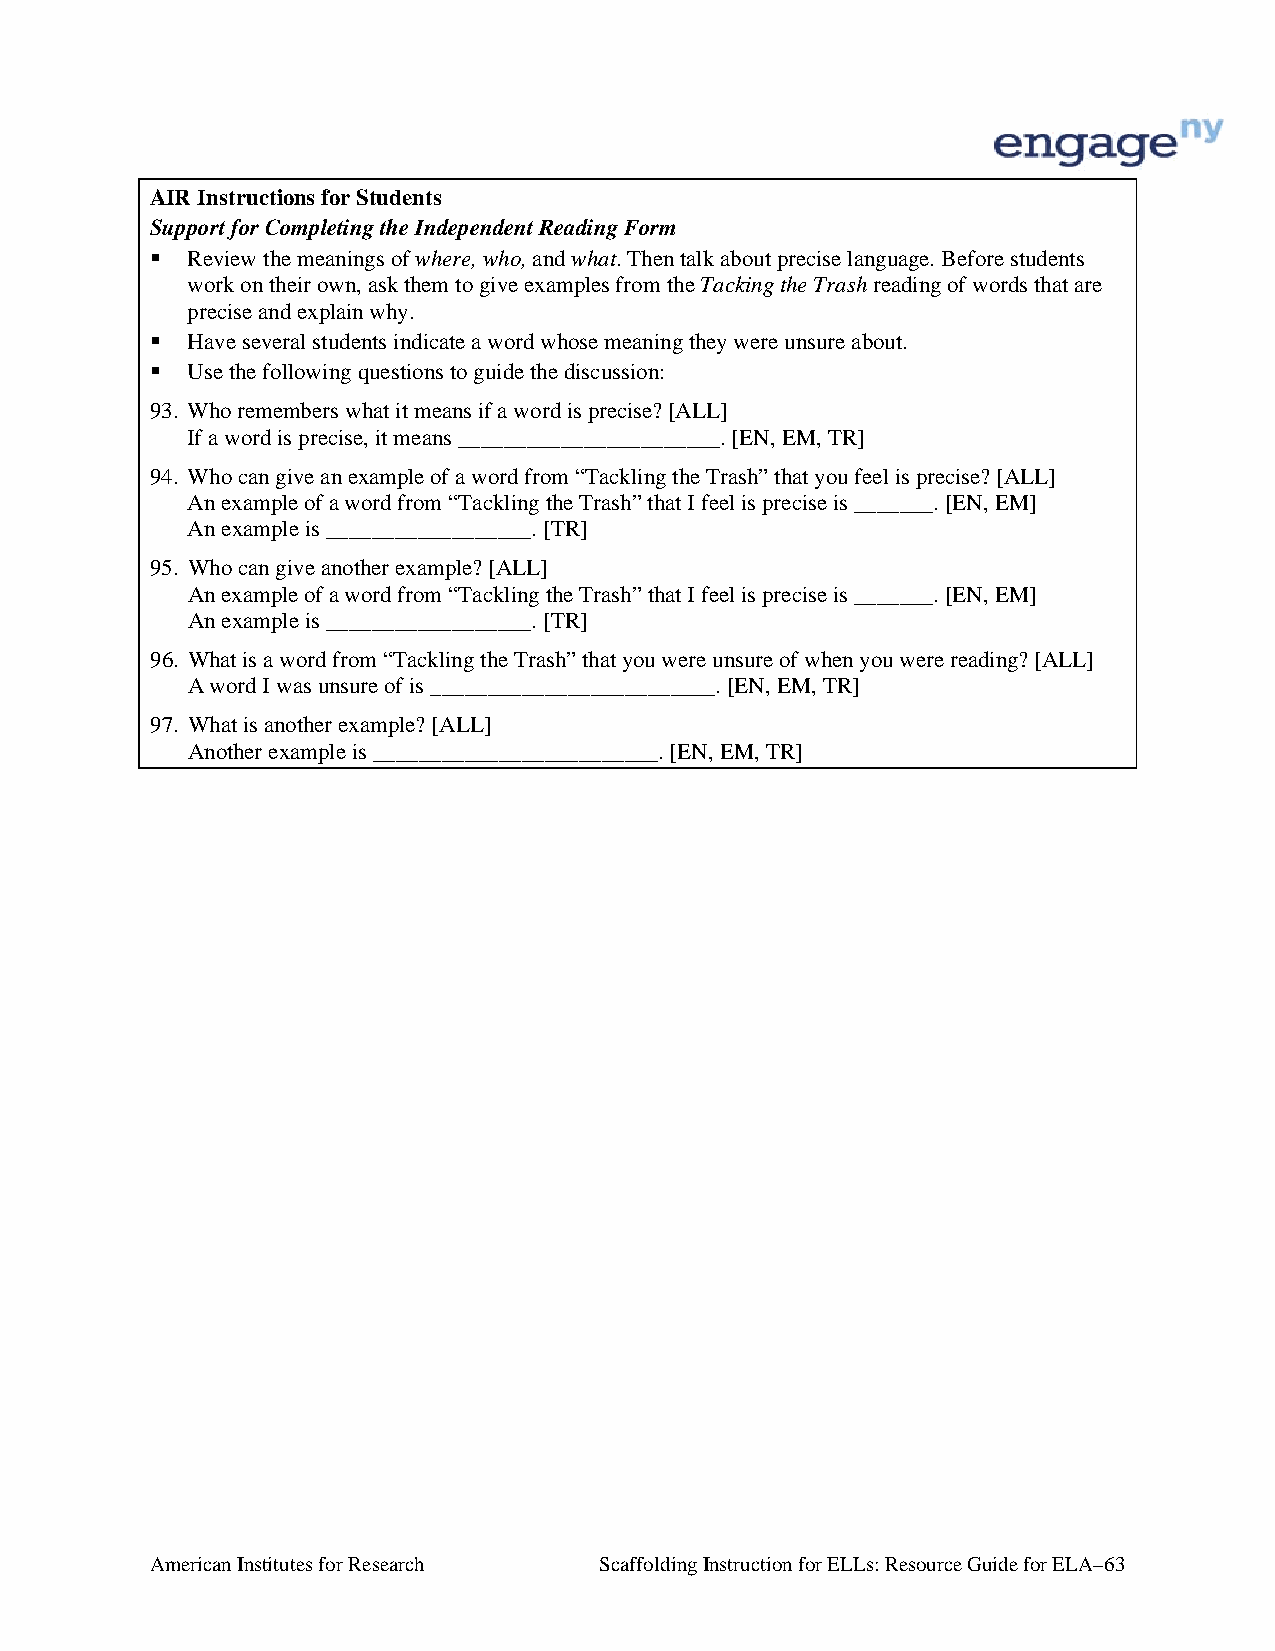
AIR Instructions for Students
 Support for Completing the Independent Reading Form
  Review the meanings of where, who, and what. Then talk about precise language. Before students
 work on their own, ask them to give examples from the Tacking the Trash reading of words that are
 precise and explain why.
  Have several students indicate a word whose meaning they were unsure about.
  Use the following questions to guide the discussion:
 93. Who remembers what it means if a word is precise? [ALL]
 If a word is precise, it means _______________________. [EN, EM, TR]
 94. Who can give an example of a word from “Tackling the Trash” that you feel is precise? [ALL]
 An example of a word from “Tackling the Trash” that I feel is precise is _______. [EN, EM]
 An example is __________________. [TR]
 95. Who can give another example? [ALL]
 An example of a word from “Tackling the Trash” that I feel is precise is _______. [EN, EM]
 An example is __________________. [TR]
 96. What is a word from “Tackling the Trash” that you were unsure of when you were reading? [ALL]
 A word I was unsure of is _________________________. [EN, EM, TR]
 97. What is another example? [ALL]
 Another example is _________________________. [EN, EM, TR]
 American Institutes for Research Scaffolding Instruction for ELLs: Resource Guide for ELA–63